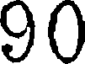
90